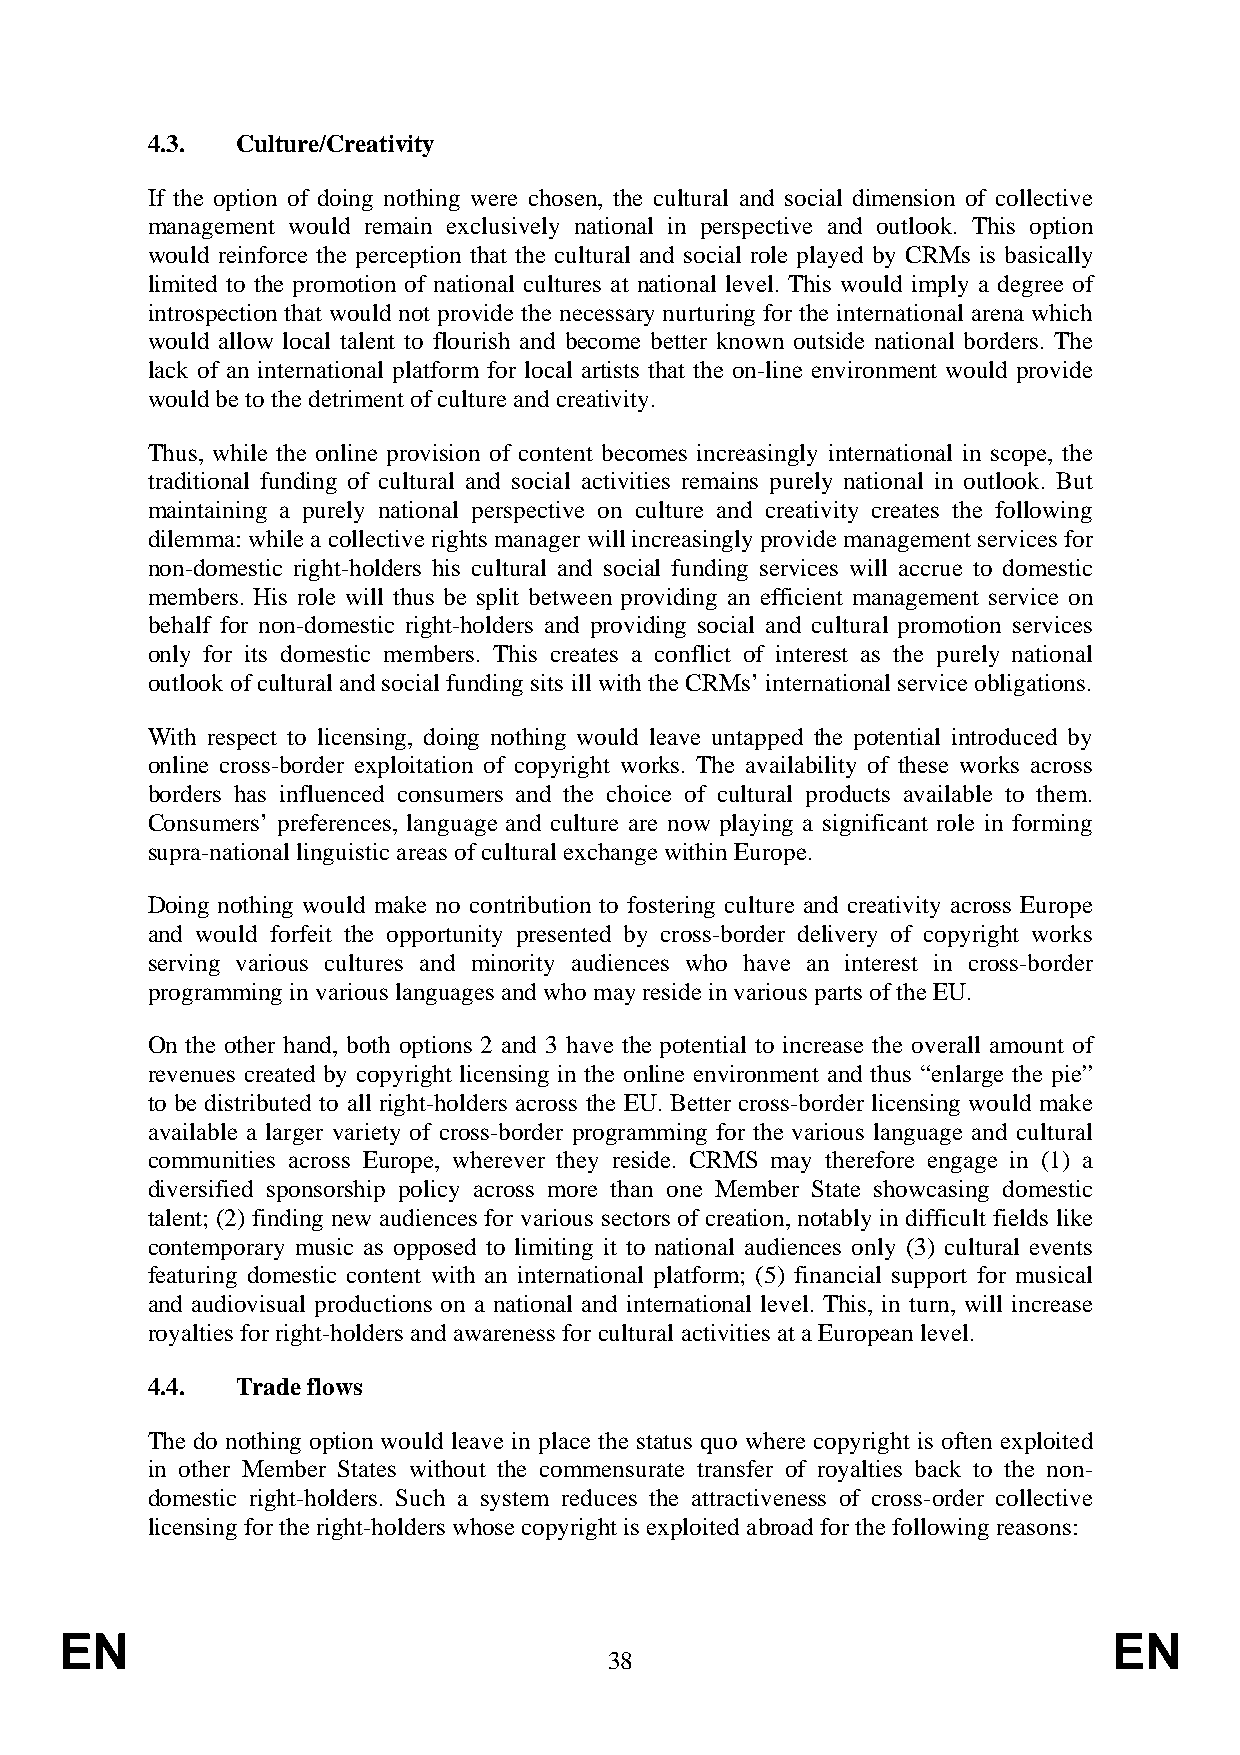
4.3.  Culture/Creativity
 If the option of doing nothing were chosen, the cultural and social dimension of collective
 management would remain exclusively national in perspective and outlook. This option
 would reinforce the perception that the cultural and social role played by CRMs is basically
 limited to the promotion of national cultures at national level. This would imply a degree of
 introspection that would not provide the necessary nurturing for the international arena which
 would allow local talent to flourish and become better known outside national borders. The
 lack of an international platform for local artists that the on-line environment would provide
 would be to the detriment of culture and creativity.
 Thus, while the online provision of content becomes increasingly international in scope, the
 traditional funding of cultural and social activities remains purely national in outlook. But
 maintaining a purely national perspective on culture and creativity creates the following
 dilemma: while a collective rights manager will increasingly provide management services for
 non-domestic right-holders his cultural and social funding services will accrue to domestic
 members. His role will thus be split between providing an efficient management service on
 behalf for non-domestic right-holders and providing social and cultural promotion services
 only for its domestic members. This creates a conflict of interest as the purely national
 outlook of cultural and social funding sits ill with the CRMs’ international service obligations.
 With respect to licensing, doing nothing would leave untapped the potential introduced by
 online cross-border exploitation of copyright works. The availability of these works across
 borders has influenced consumers and the choice of cultural products available to them.
 Consumers’ preferences, language and culture are now playing a significant role in forming
 supra-national linguistic areas of cultural exchange within Europe.
 Doing nothing would make no contribution to fostering culture and creativity across Europe
 and would forfeit the opportunity presented by cross-border delivery of copyright works
 serving various cultures and minority audiences who have an interest in cross-border
 programming in various languages and who may reside in various parts of the EU.
 On the other hand, both options 2 and 3 have the potential to increase the overall amount of
 revenues created by copyright licensing in the online environment and thus “enlarge the pie”
 to be distributed to all right-holders across the EU. Better cross-border licensing would make
 available a larger variety of cross-border programming for the various language and cultural
 communities across Europe, wherever they reside. CRMS may therefore engage in (1) a
 diversified sponsorship policy across more than one Member State showcasing domestic
 talent; (2) finding new audiences for various sectors of creation, notably in difficult fields like
 contemporary music as opposed to limiting it to national audiences only (3) cultural events
 featuring domestic content with an international platform; (5) financial support for musical
 and audiovisual productions on a national and international level. This, in turn, will increase
 royalties for right-holders and awareness for cultural activities at a European level.
 4.4.  Trade flows
 The do nothing option would leave in place the status quo where copyright is often exploited
 in other Member States without the commensurate transfer of royalties back to the non-
 domestic right-holders. Such a system reduces the attractiveness of cross-order collective
 licensing for the right-holders whose copyright is exploited abroad for the following reasons:
 EN                                                                    EN
 38